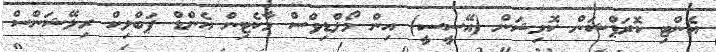
އެންޓި ކޮރަޕްޝަން ކޮމިޝަން (އޭސީސީ) އިން މޯލްޑިވްސް މާކެޓިން އެންޑް ޕަބްލިކް ރިލޭޝަންސް